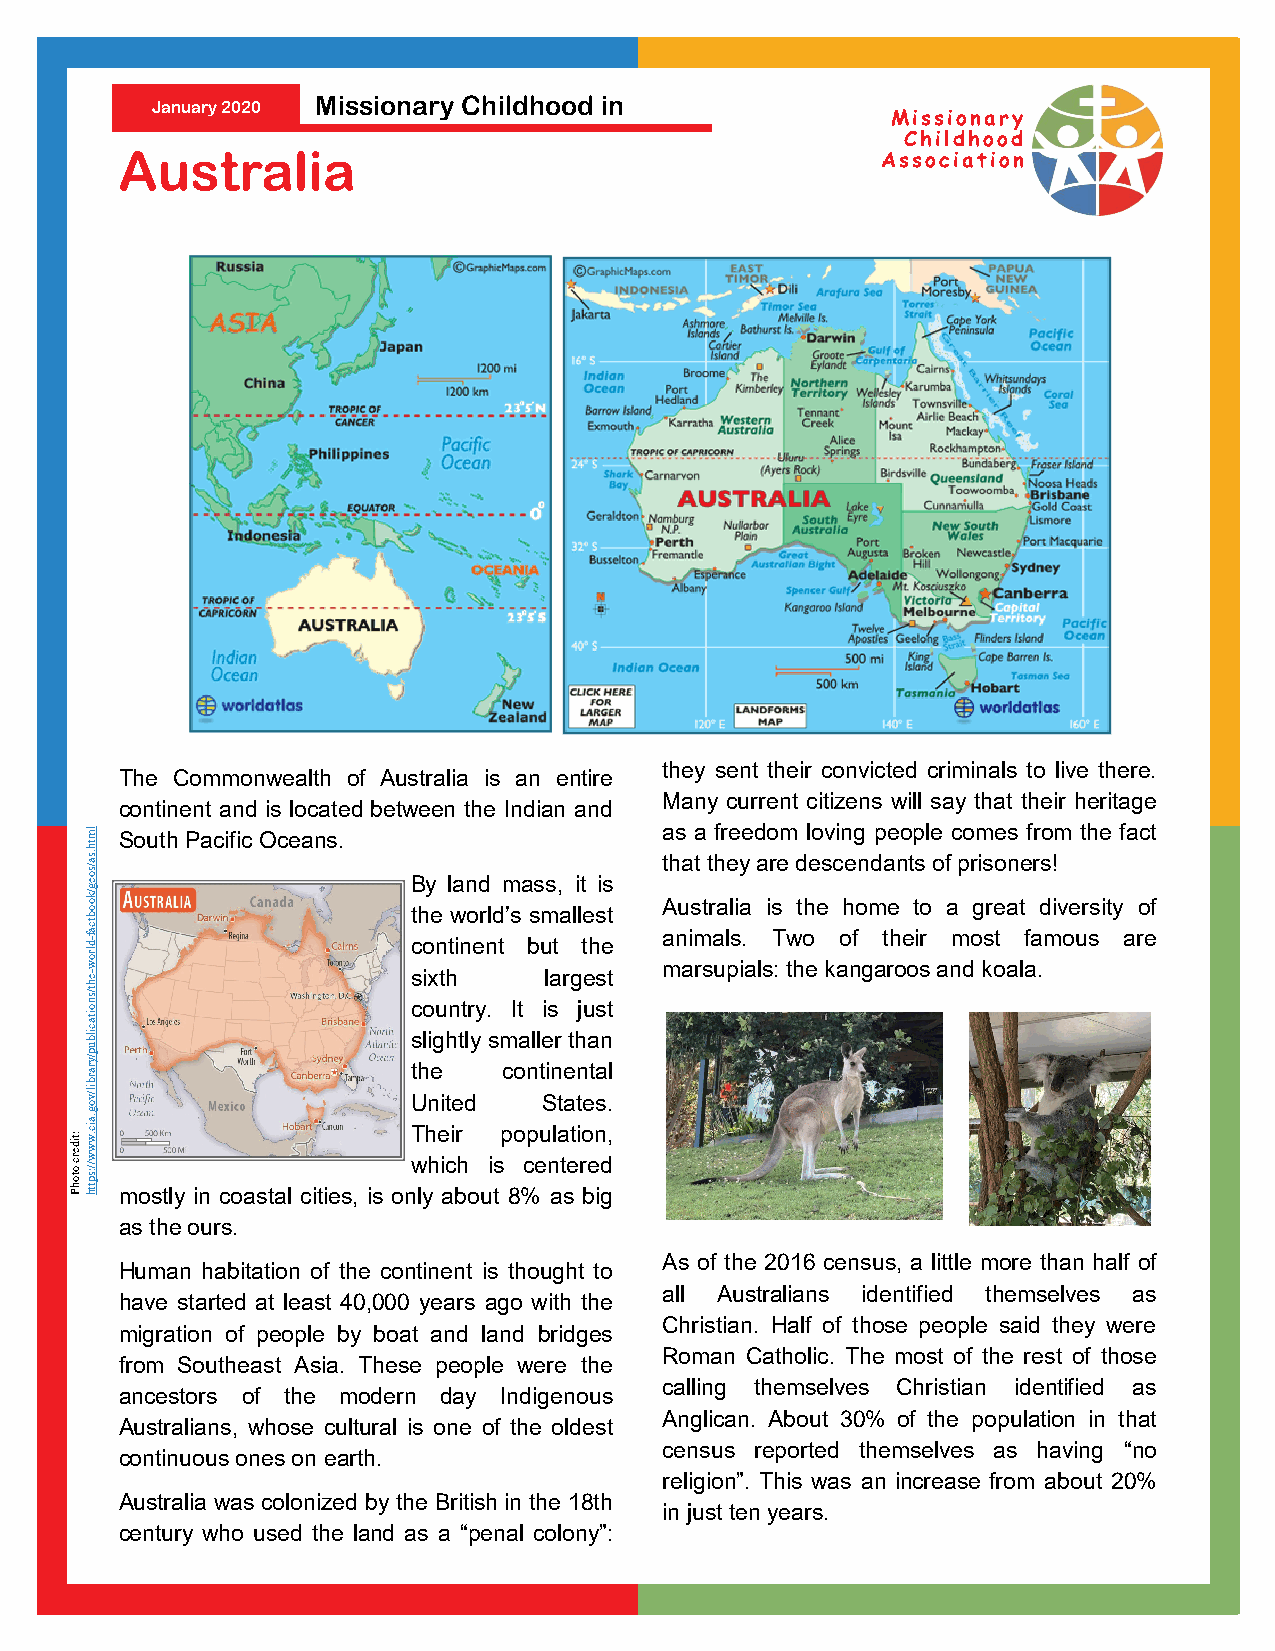
Missionary Childhood in
 January 2020
 Missionary
 Childhood
 Australia                                         Association
 they sent their convicted criminals to live there.
 The Commonwealth of Australia is an entire
 Many current citizens will say that their heritage
 continent and is located between the Indian and
 lm South Pacific Oceans.              as a freedom loving people comes from the fact
 th
 .sa/soeg/k
 o
 By land mass, it is
 t Ah ua st tt rh ae liay a ir se d the es c he on mda en t ts
 o
 o f
 a
 p r gis reo an te r ds!
 iv ersity of
 ob                   the world’s smallest
 dlrt oca
 w-f                  continent but the a mn aim rsa ul ps i.
 a
 lsT
 :
 w tho
 e
 kao nf gat rh oe oir
 s
 anm do ks ot alafa
 .
 m ous are
 eh-                  sixth    largest
 t/sn
 oitacilb             c so ligu hn tt lr yy .
 s
 mIt
 a
 lleis
 r
 thju as nt
 up/y
 rarbil/v             t Uh ne
 i ted
 cont Sin taen teta s.l
 og
 :tiderc
 otoh
 P
 .aic.w
 w
 w //:sp
 tth mostly in coastal cities, is
 onT
 w
 lyh
 h
 e
 i
 aci br
 h
 o
 uis
 t
 p 8o %cp eu
 n
 ala
 t
 set i ro ben igd,
 as the ours.
 As of the 2016 census, a little more than half of
 Human habitation of the continent is thought to
 all Australians identified themselves as
 have started at least 40,000 years ago with the
 Christian. Half of those people said they were
 migration of people by boat and land bridges
 Roman Catholic. The most of the rest of those
 from Southeast Asia. These people were the
 calling themselves Christian identified as
 ancestors of the modern day Indigenous
 Anglican. About 30% of the population in that
 Australians, whose cultural is one of the oldest
 census reported themselves as having “no
 continuous ones on earth.
 religion”. This was an increase from about 20%
 Australia was colonized by the British in the 18th
 in just ten years.
 century who used the land as a “penal colony”: